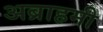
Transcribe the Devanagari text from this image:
अब्राहमी